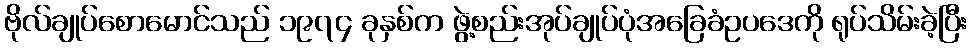
ဗိုလ်ချုပ်စောမောင်သည် ၁၉၇၄ ခုနှစ်က ဖွဲ့စည်းအုပ်ချုပ်ပုံအခြေခံဥပဒေကို ရုပ်သိမ်းခဲ့ပြီး